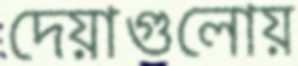
দেয়াগুলোয়